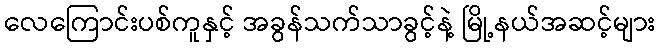
လေကြောင်းပစ်ကူနှင့် အခွန်သက်သာခွင့်နဲ့ မြို့နယ်အဆင့်များ